Note on the mental hospitals in Burma - 1925-1940
Year: 1925
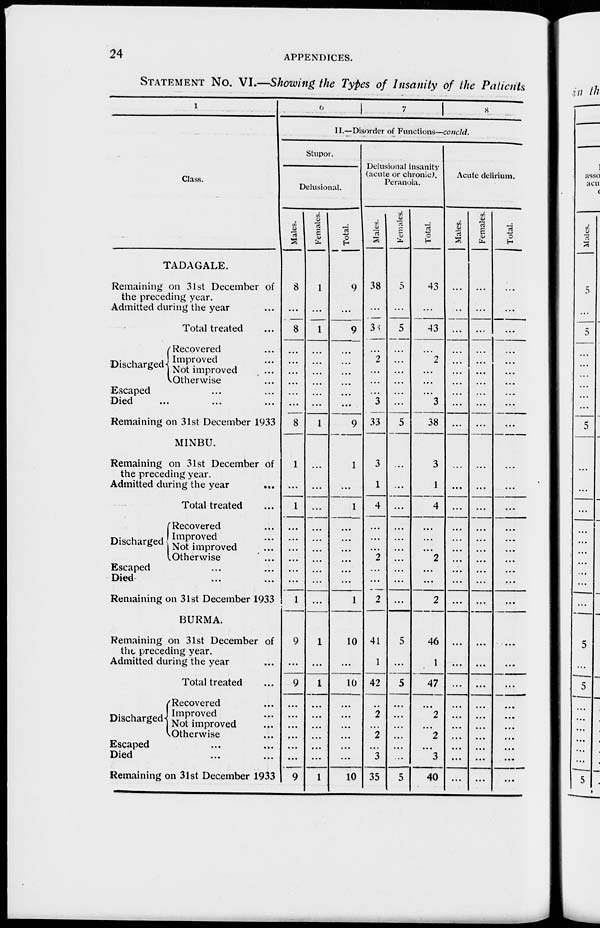
24
APPENDICES.
STATEMENT No. VI.—Showing the Types of Insanity of the Patients
1
Class.
TADAGALE.
Remaining on 31st December of
the preceding year.
Admitted during the year ...
Total treated ...
Discharged
Recovered ...
Improved ...
Not improved ...
Otherwise ...
Escaped ... ...
Died ... ... ...
Remaining on 31st December 1933
MINBU.
Remaining on 31st December of
the preceding year.
Admitted during the year ...
Total treated ...
Discharged
Recovered ...
Improved ...
Not improved ...
Otherwise ...
Escaped ... ...
Died
...
...
Remaining on 31st December 1933
BURMA.
Remaining on 31st December of
the preceding year.
Admitted during the year ...
Total treated ...
Discharged
Recovered ...
Improved ...
Not improved
...
Otherwise ...
Escaped ... ...
Died ... ...
Remaining on 31st December 1933
6
7
8
II.—Disorder of Functions—concld.
Stupor.
Delusional.
Males.
8
...
8
...
...
...
...
...
...
8
1
...
1
...
...
...
...
...
...
1
9
...
9
...
...
...
...
...
...
9
Females.
1
...
1
...
...
...
...
...
...
1
...
...
...
...
...
...
...
...
...
...
1
...
1
...
...
...
...
...
...
1
Total.
9
...
9
...
...
...
...
...
...
9
1
...
1
...
...
...
...
...
...
1
10
...
10
...
...
...
...
...
...
10
Delusional insanity
(acute or chronic),
Peranoia.
Males.
38
...
38
...
2
...
...
...
3
33
3
1
4
...
...
...
2
...
...
2
41
1
42
..
2
...
2
...
3
35
Females.
5
...
5
...
...
...
...
...
...
5
...
...
...
...
...
...
...
...
...
...
5
...
5
...
...
...
...
...
...
5
Total.
43
...
43
...
2
...
...
...
3
38
3
1
4
...
...
...
2
...
...
2
46
1
47
...
2
...
2
...
3
40
Acute delirium.
Males.
...
...
...
...
...
...
...
...
...
...
...
...
...
...
...
...
...
...
...
...
...
...
...
...
...
...
...
...
...
...
Females.
...
...
...
...
...
...
...
...
...
...
...
...
...
...
...
...
...
...
...
...
...
...
...
...
...
...
...
...
...
...
Total.
...
...
...
...
...
...
...
...
...
...
...
...
...
...
...
...
...
...
...
...
...
...
...
...
...
...
...
...
...
...